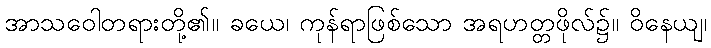
အာသဝေါတရားတို့၏။ ခယေ၊ ကုန်ရာဖြစ်သော အရဟတ္တဖိုလ်၌။ ဝိနေယျ၊